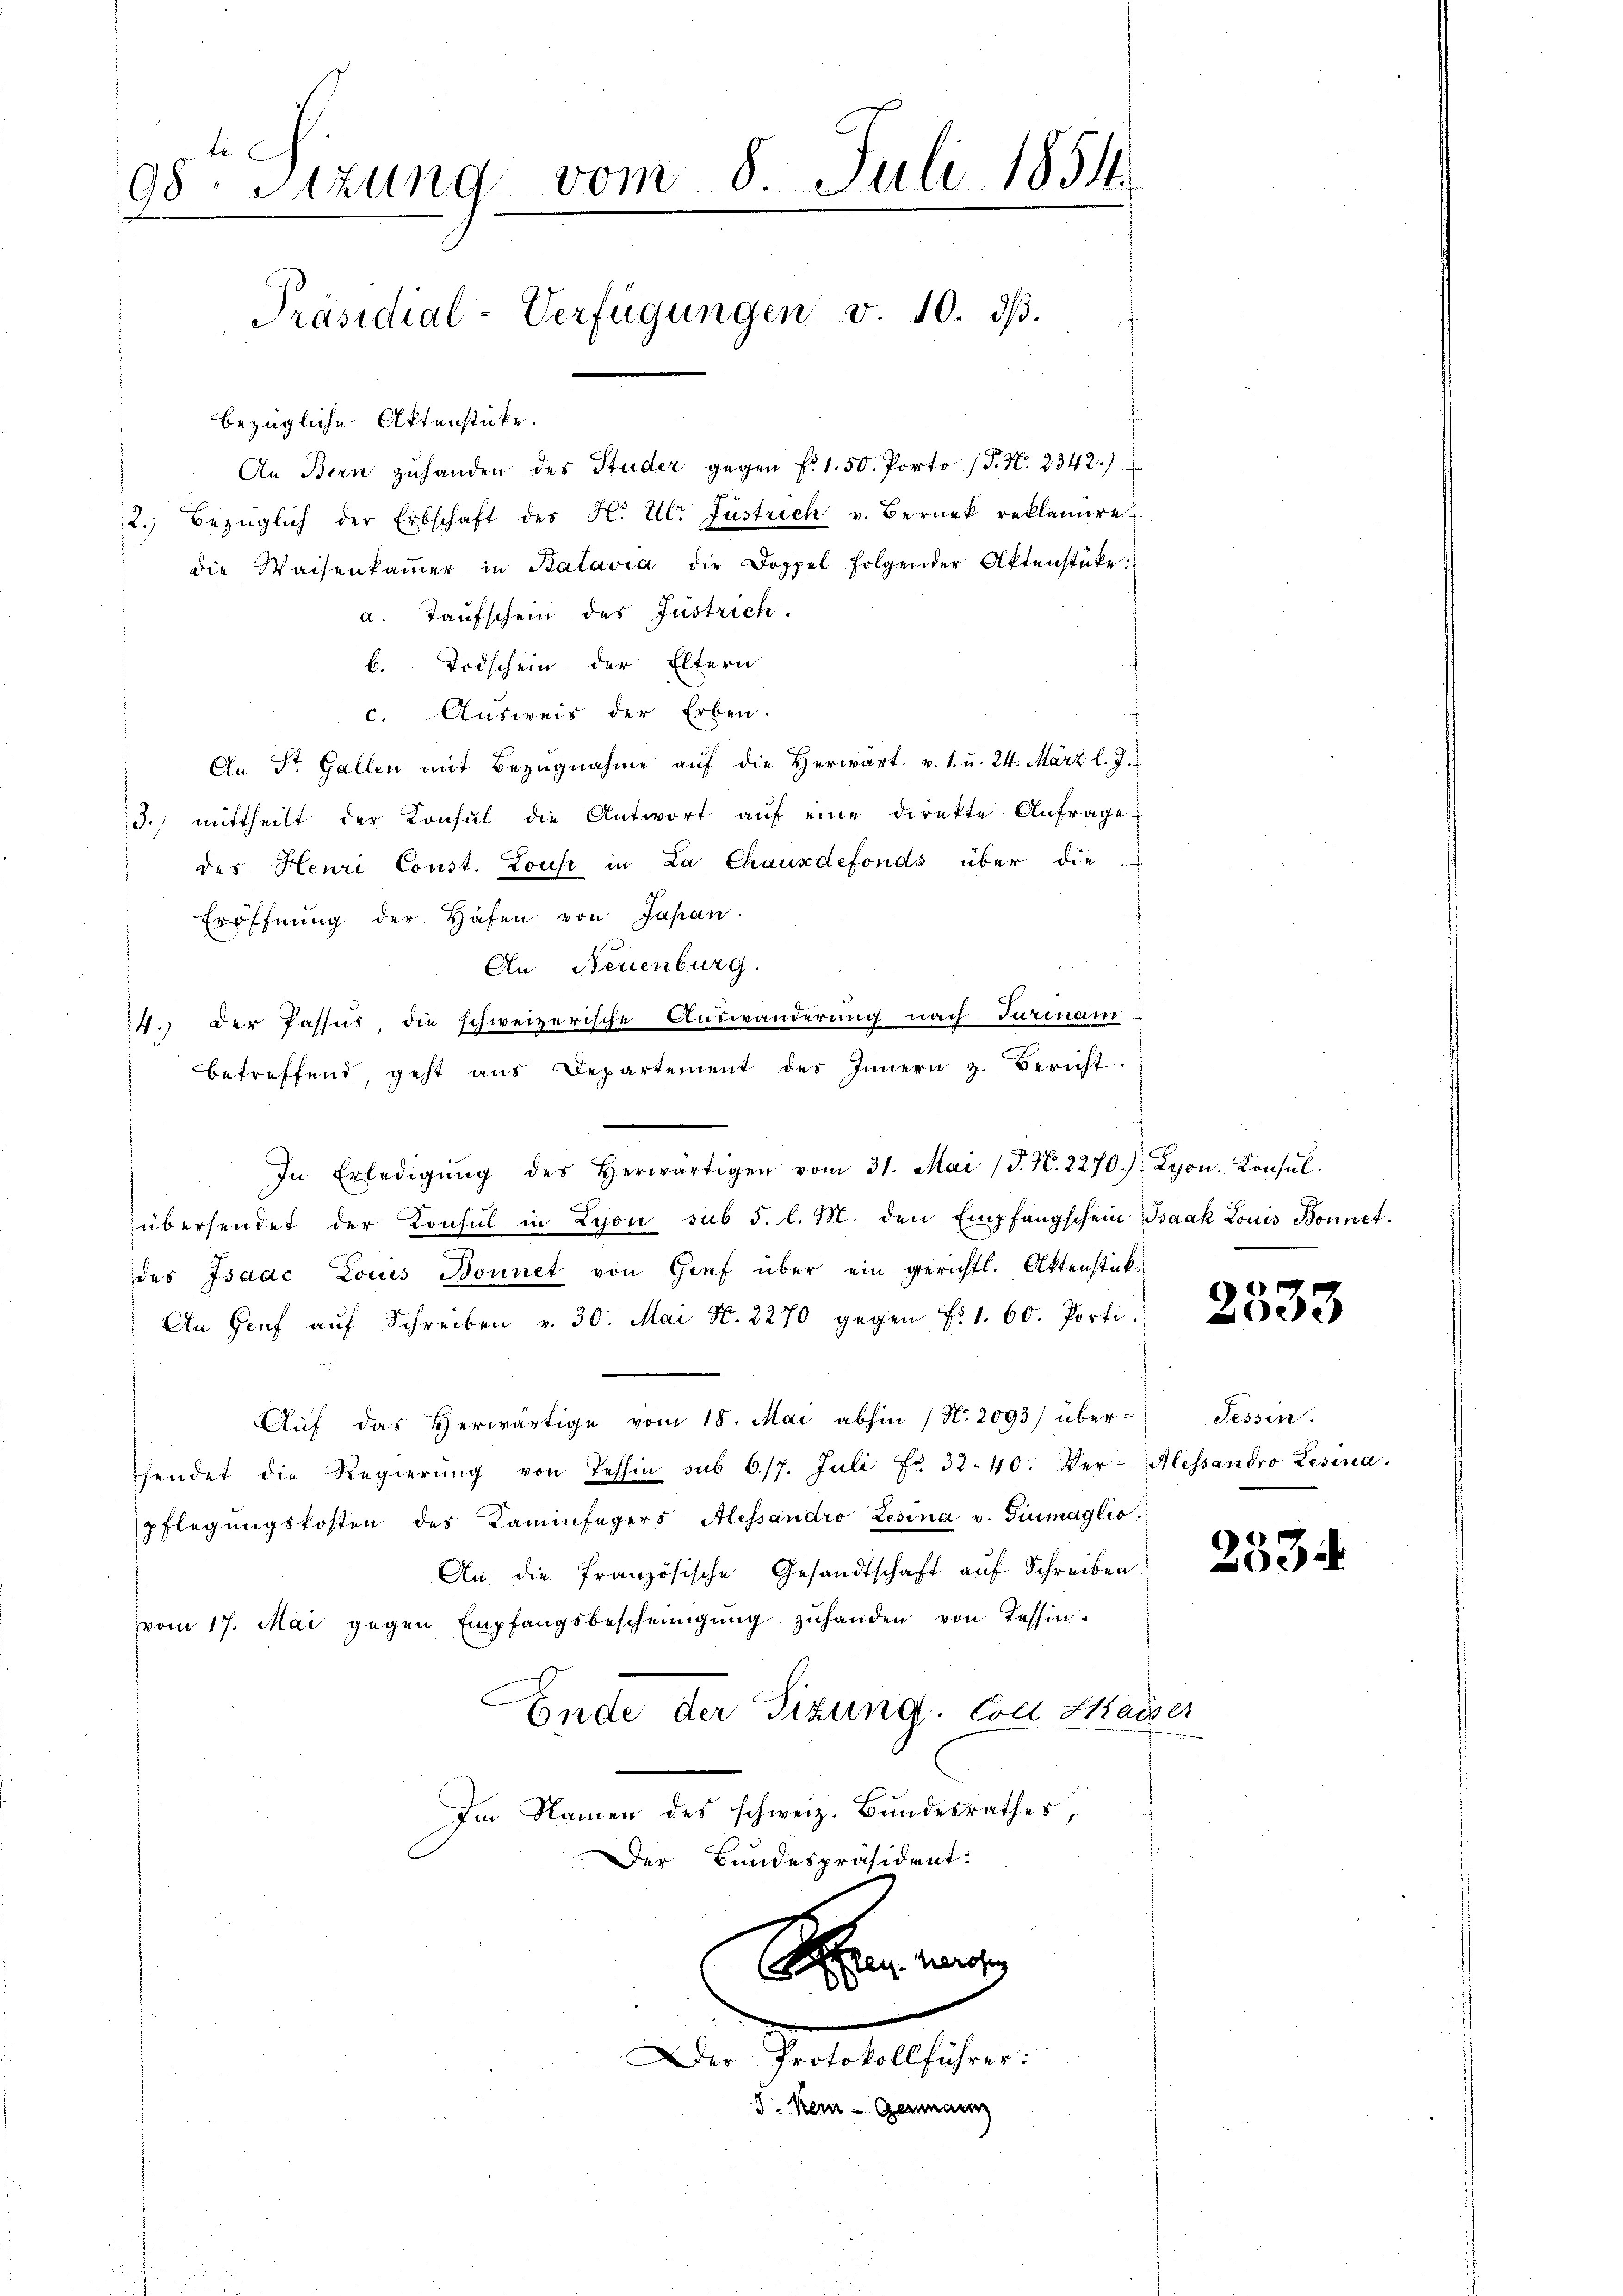
98. Sizung vom 8. Juli 1854.
Präsidial-Verfügungen v. 10. ds.
bezügliche Aktenstücke.

An Bern zuhanden des Studer gegen f. 1. 50. Porto (P. Nr. 2342.)
2.) Bezüglich der Erbschaft des H. Ulr Füstrich v. Berück reklamire
die Waisenkaṁer in Batavia die Doppel folgender Aktenstüke
a. Taufschein des Justrich.
b. Todschein der Eltern
c. Ausweis der Erben.
An St. Gallen mit Bezŭgnahme aŭf die herwärt. v. 1. u. 24. März l. J.
d.) mittheilt der Konsul die Antwort aŭf eine direkte Anfrage
des Henri Const. Louse in La Chauxdefonds über die
Eröffnung der Hafen von Japan
An Neuenburg.
4. Der Passus, die schweizerische Auswanderung nach Turinam
betreffend, geht aus Departement des Innern z. Bericht.
In Erledigŭng des herwärtigen vom 31. Mai (T. N. 2270.) Leon. Konsŭl.
übersendet der Konsul in Lyon sub 5. l. M. den Empfangschein Baak Louis Bonnet.
des Isaac Louis Bonnet von Genf über ein gerichtl. Aktenstück-
An Genf aŭf Schreiben v. 30. Mai N. 2270 gegen f. 1. 60. Porti
Auf das Herwärtige vom 18. Mai abhin (N. 2093) über-
hendet die Regierŭng von Tessin sub 6./7. Juli Fr. 32. 40. Ver-Alessandro Lesina.
pflegŭngskosten des Kaminfegers Alessandro Zesina v. Giumaglio.
An die französische Gesandtschaft auf Schreiben
vom 17. Mai gegen Empfangsbescheinigŭng zŭ handen von Tessin.
Ende der Sizung. Coll Masser
Im Namen des schweiz. Bundesrathes,
Der Bundespräsident.
Heer wir
Der Protokollführer:
d. Kein - Genann

2333

Tessin.

2534